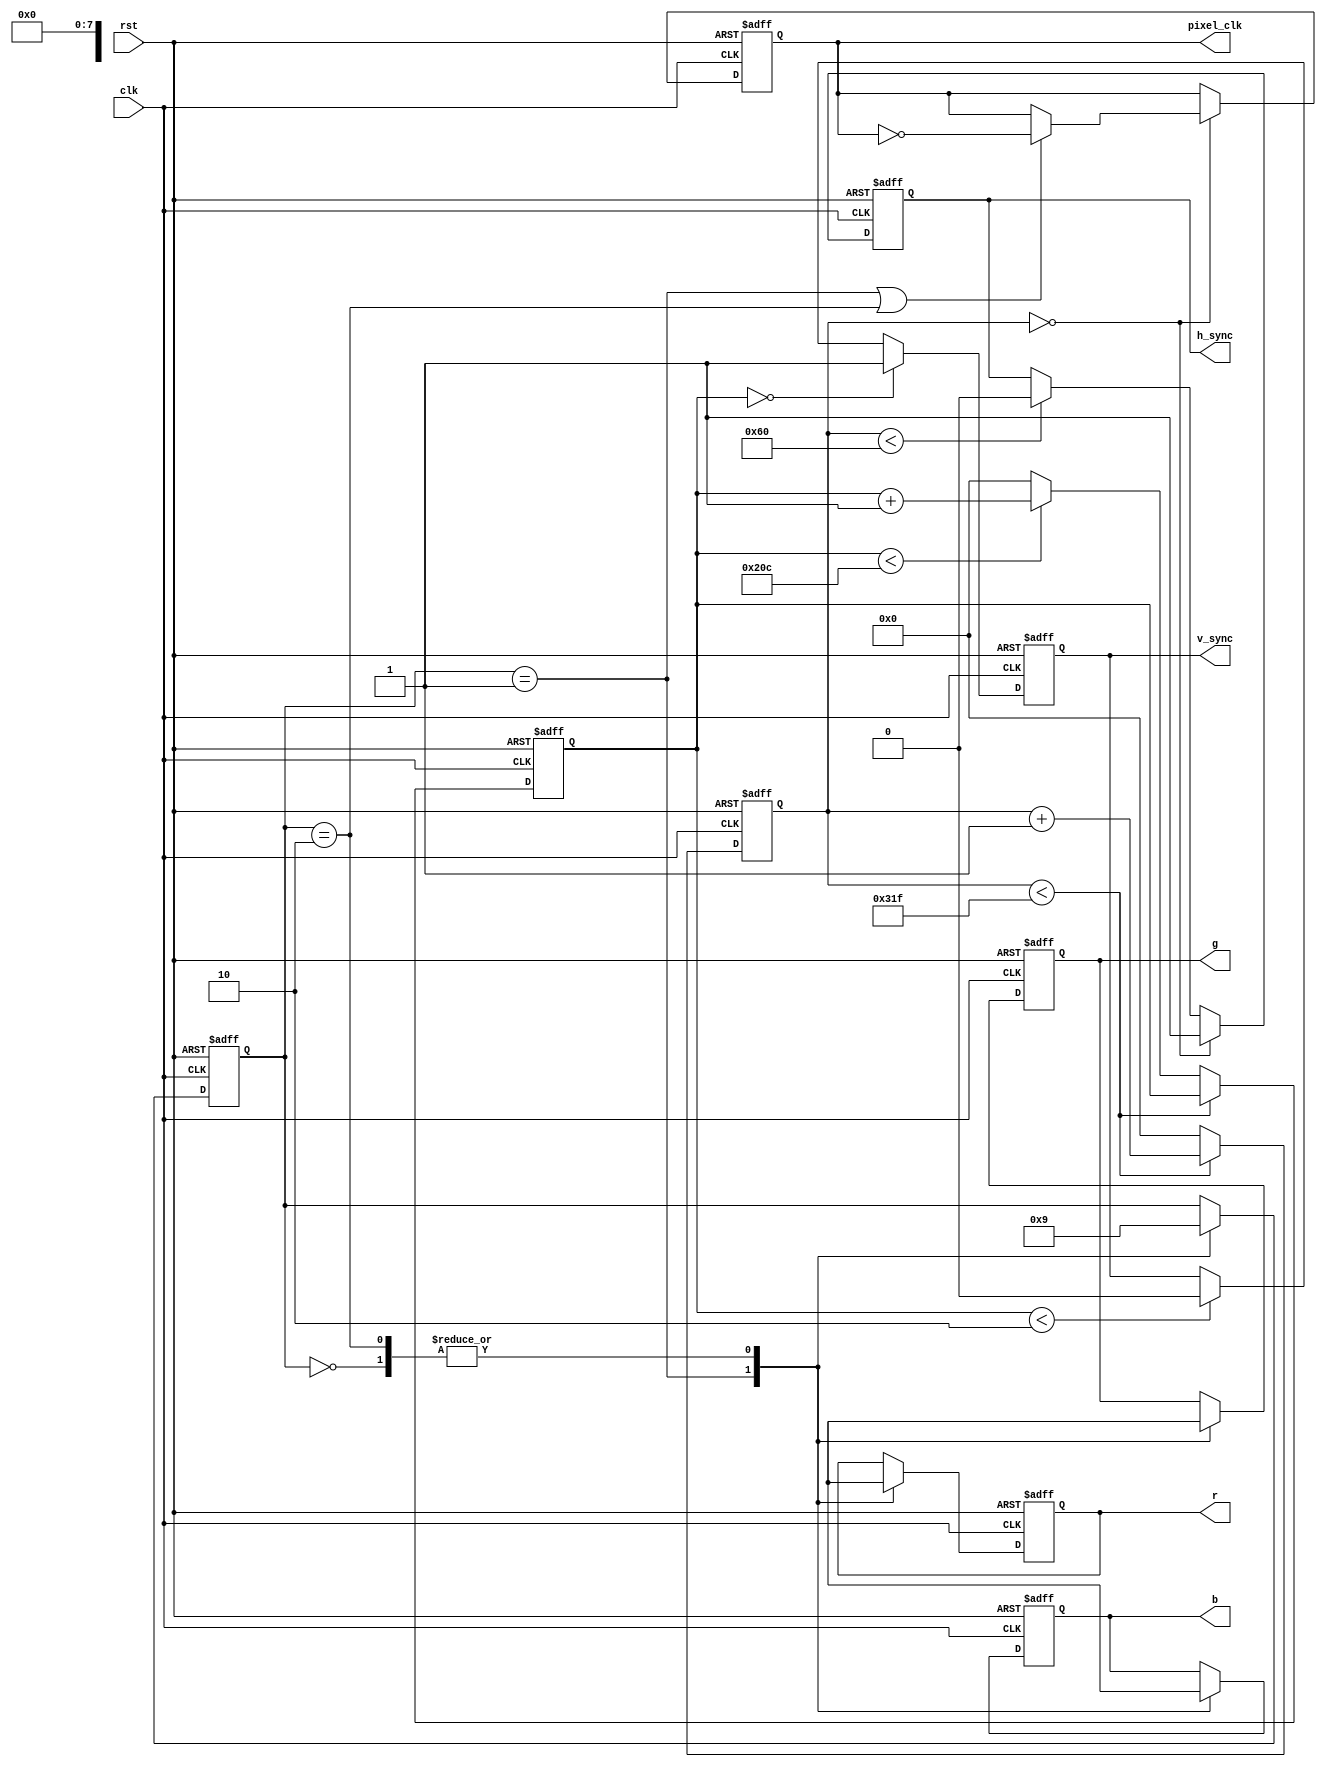
module VGAController (
    input wire clk,
    input wire rst,
    output reg h_sync,
    output reg v_sync,
    output reg pixel_clk,
    output reg [7:0] r,
    output reg [7:0] g,
    output reg [7:0] b
);

parameter H_SYNC_PERIOD = 96; // Horizontal sync pulse period
parameter H_BACK_PORCH = 48; // Horizontal back porch period
parameter H_FRONT_PORCH = 16; // Horizontal front porch period
parameter V_SYNC_PERIOD = 2; // Vertical sync pulse period
parameter V_BACK_PORCH = 33; // Vertical back porch period
parameter V_FRONT_PORCH = 10; // Vertical front porch period

reg [9:0] h_count;
reg [9:0] v_count;
reg [1:0] state;

always @(posedge clk or posedge rst) begin
    if (rst) begin
        h_sync <= 1'b0;
        v_sync <= 1'b0;
        pixel_clk <= 1'b0;
        r <= 8'b0;
        g <= 8'b0;
        b <= 8'b0;
        h_count <= 10'b0;
        v_count <= 10'b0;
        state <= 2'b00;
    end else begin
        // Horizontal timing
        if (h_count == 0) begin
            h_sync <= 1'b1;
            if (state == 2'b01 || state == 2'b10) pixel_clk <= ~pixel_clk; // Generate pixel clock
        end else if (h_count < H_SYNC_PERIOD) begin
            h_sync <= 1'b0;
        end

        // Vertical timing
        if (v_count == 0) begin
            v_sync <= 1'b1;
        end else if (v_count < V_SYNC_PERIOD) begin
            v_sync <= 1'b0;
        end

        // Update horizontal and vertical counters
        if (h_count < (H_SYNC_PERIOD + H_BACK_PORCH + 640 + H_FRONT_PORCH - 1)) begin
            h_count <= h_count + 1;
        end else begin
            h_count <= 10'b0;
            if (v_count < (V_SYNC_PERIOD + V_BACK_PORCH + 480 + V_FRONT_PORCH - 1)) begin
                v_count <= v_count + 1;
            end else begin
                v_count <= 10'b0;
            end
        end

        // State machine for pixel generation
        case (state)
            2'b00: begin // Horizontal sync
                r <= 8'b0;
                g <= 8'b0;
                b <= 8'b0;
                state <= 2'b01;
            end
            2'b01: begin // Display pixels
                r <= input_data[23:16];
                g <= input_data[15:8];
                b <= input_data[7:0];
                state <= 2'b10;
            end
            2'b10: begin // Horizontal back porch
                r <= 8'b0;
                g <= 8'b0;
                b <= 8'b0;
                state <= 2'b01;
            end
        endcase
    end
end

endmodule